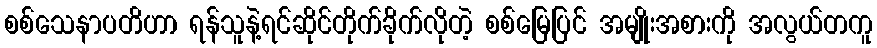
စစ်သေနာပတိဟာ ရန်သူနဲ့ရင်ဆိုင်တိုက်ခိုက်လိုတဲ့ စစ်မြေပြင် အမျိုးအစားကို အလွယ်တကူ